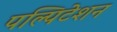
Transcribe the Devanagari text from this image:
पल्पिटेशन